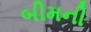
બીમની